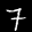
Label: 7